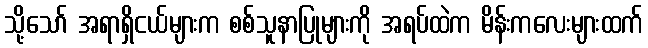
သို့သော် အရာရှိငယ်များက စစ်သူနာပြုများကို အရပ်ထဲက မိန်းကလေးများထက်